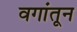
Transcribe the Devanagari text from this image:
वगांतून